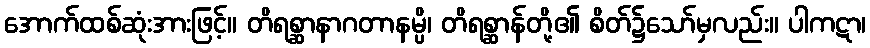
အောက်ထစ်ဆုံးအားဖြင့်။ တိရစ္ဆာနာဂတာနမ္ပိ၊ တိရစ္ဆာန်တို့၏ စိတ်၌သော်မှလည်း။ ပါကဋာ၊